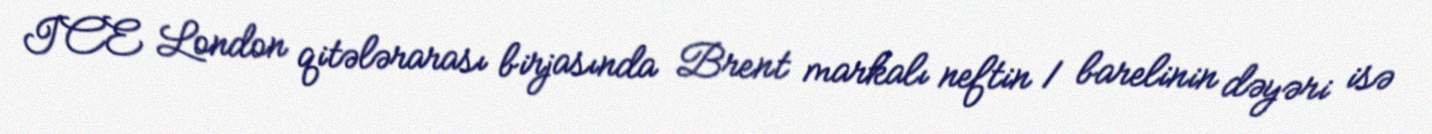
ICE London qitələrarası birjasında Brent markalı neftin 1 barelinin dəyəri isə